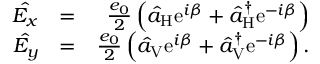
\begin{array} { r l r } { \hat { E _ { x } } } & { = } & { \frac { e _ { 0 } } { 2 } \left( \hat { a } _ { \mathrm { H } } \mathrm { e } ^ { i \beta } + \hat { a } _ { \mathrm { H } } ^ { \dagger } \mathrm { e } ^ { - i \beta } \right) } \\ { \hat { E _ { y } } } & { = } & { \frac { e _ { 0 } } { 2 } \left( \hat { a } _ { \mathrm { V } } \mathrm { e } ^ { i \beta } + \hat { a } _ { \mathrm { V } } ^ { \dagger } \mathrm { e } ^ { - i \beta } \right) . } \end{array}